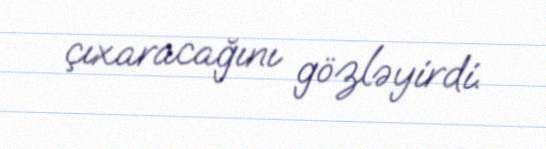
çıxaracağını gözləyirdi.